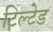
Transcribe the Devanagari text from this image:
टिल्‍टेड